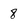
Character: 8